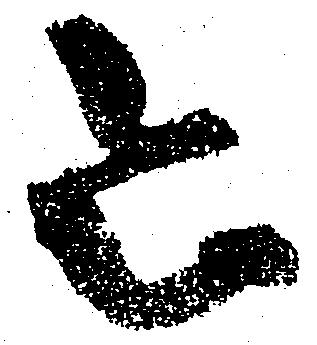
令